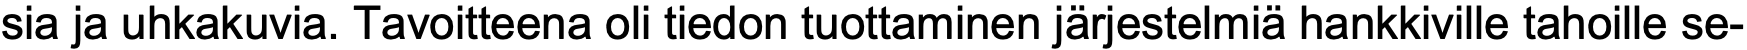
sia ja uhkakuvia. Tavoitteena oli tiedon tuottaminen järjestelmiä hankkiville tahoille se-